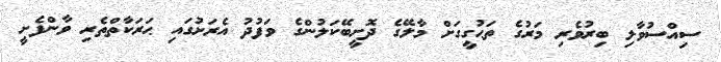
ސިއްސުވާލި ބިރުވެރި މަރުގެ ތަޙުގީގަށް މާލޭގެ ދޮށީބޭކަލުންގެ ވަފުދު އެރަަށުގައި ޙަރަކާތްތެރި ވާންފެށީ